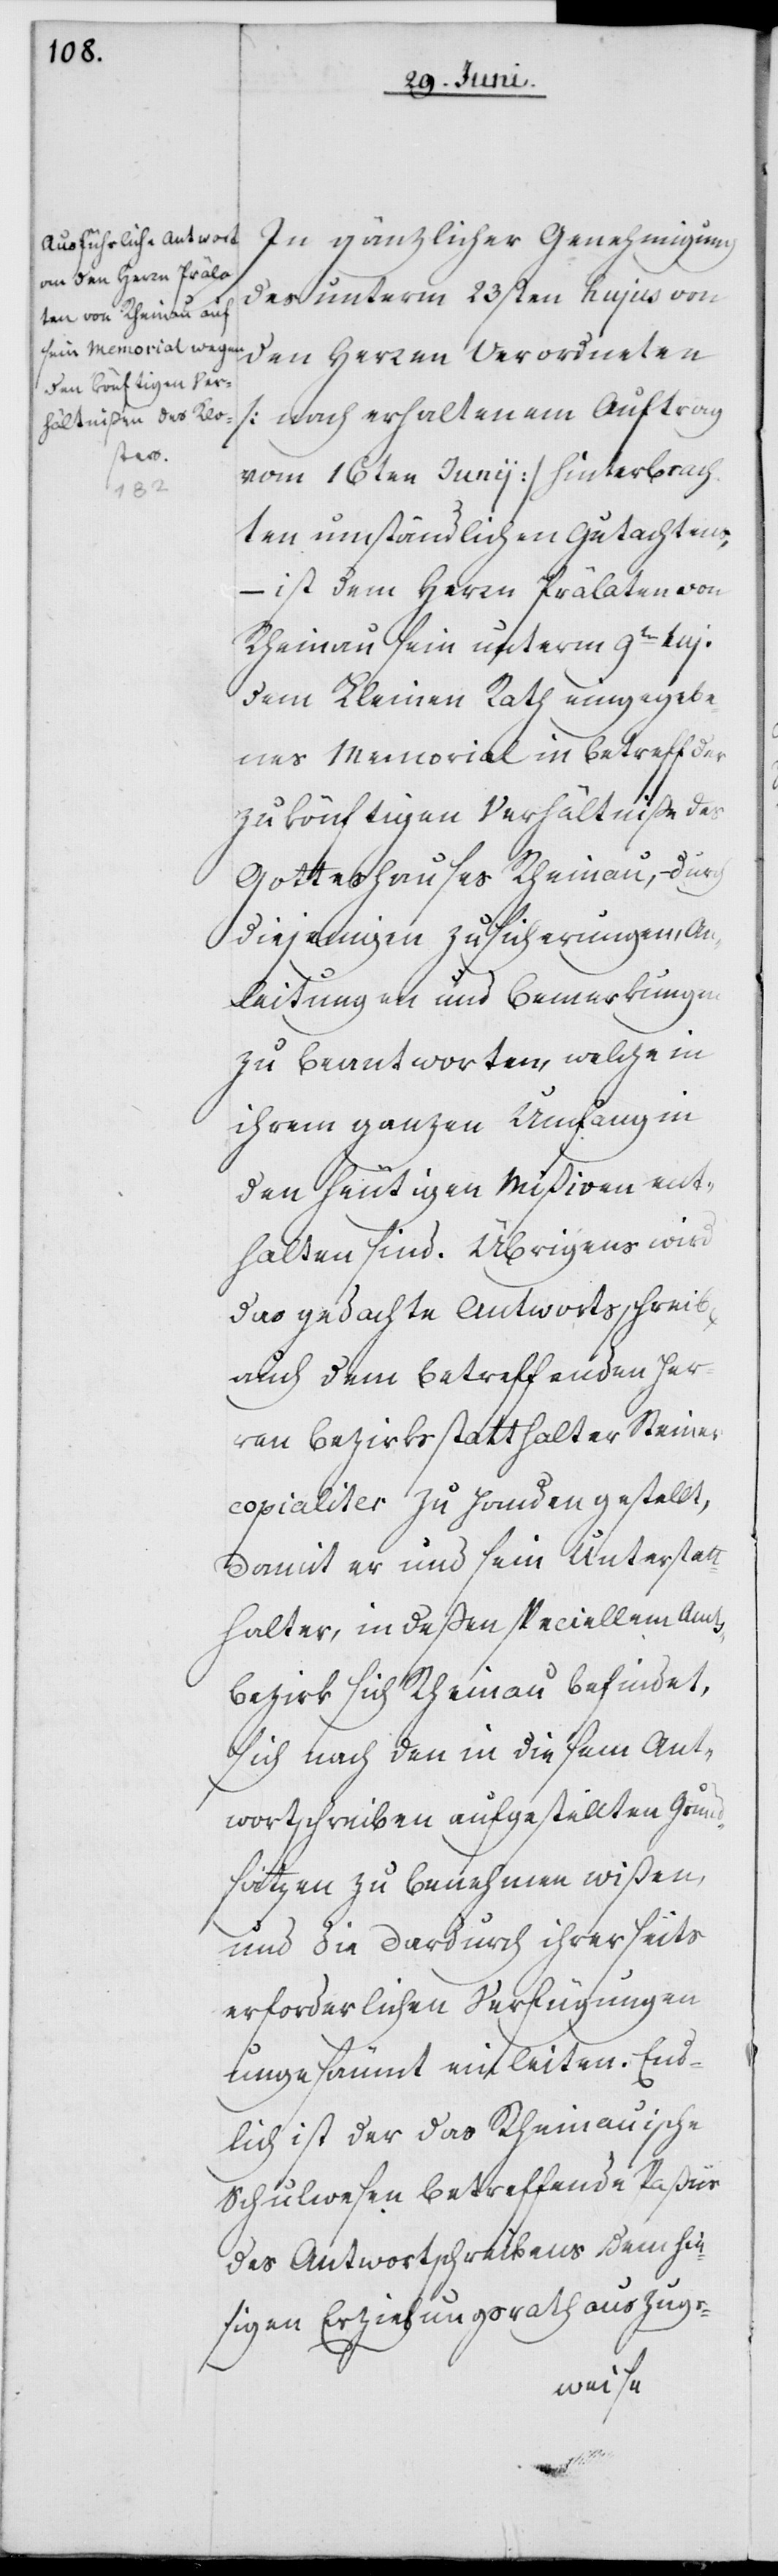
In gänzlicher Genehmigung
des unterm 23sten hujus von
den Herren Verordneten
[nach erhaltenem Auftrag
vom 16ten Junii] hinterbrach¬
ten umständlichen Gutachtens,
– ist dem Herrn Prälaten von
Rheinau sein unterm 9ten huj.
dem Kleinen Rath eingegebe¬
nes Memorial in Betreff der
zukönftigen Verhältniße des
Gotteshauses Rheinau, dur¬
ch diejenigen Zusicherungen, An¬
leitungen und Bemerkungen
zu beantworten, welche in
ihrem ganzen Umfang in
den heutigen Mißiven ent¬
halten sind. Übrigens wird
das gedachte Antwortsschreib[en]
auch dem betreffenden Her¬
ren Bezirksstatthalter Steiner
copialiter zu Handen gestellt,
damit er und sein Unterstatt¬
halter, in deßen speciellem Amts¬
bezirk sich Rheinau befindet,
sich nach den in diesem Amt¬
wortschreiben aufgestellten Grund¬
sätzen zu benehmen wißen,
und die dardurch ihrerseits
erforderlichen Verfügungen
ungesäumt einleiten. End¬
lich ist der das Rheinauische
Schulwesen betreffende Paßus
des Antwortschreibens dem hie¬
sigen Erziehungsrath auszugs-